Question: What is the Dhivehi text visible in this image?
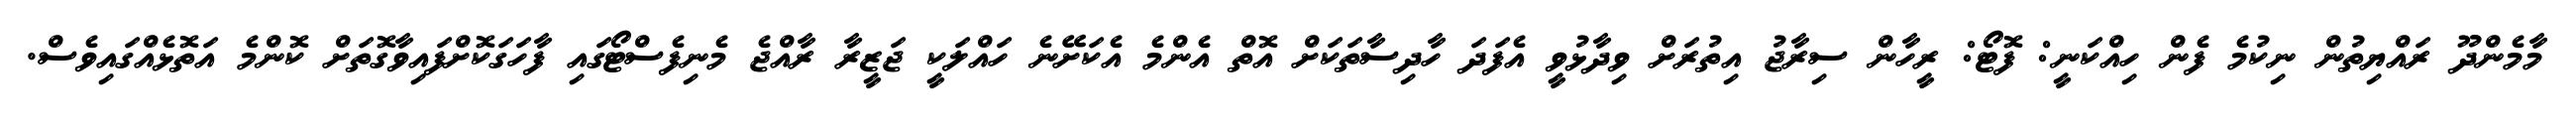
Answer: މާމެންދޫ ރައްޔިތުން ނިކުމެ ފެން ހިއްކަނީ: ފޮޓޯ: ރީހާން ސިރާޖު އިތުރަށް ވިދާޅުވީ އެފަދަ ހާދިސާތަކަށް އޮތް އެންމެ އެކަށޭނެ ހައްލަކީ ޖަޒީރާ ރާއްޖެ މެނިފެސްޓޯގައި ފާހަގަކޮށްފައިވާގޮތަށް ކޮންމެ އަތޮޅެއްގައިވެސް.